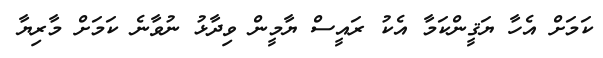
ކަމަށް އެހާ ޔަޤީންކަމާ އެކު ރައީސް ޔާމީން ވިދާޅު ނުވާނެ ކަމަށް މާރިޔާ